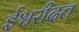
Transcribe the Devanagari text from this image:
ईश्वरीदत्त